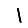
Digit: 1